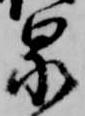
泉